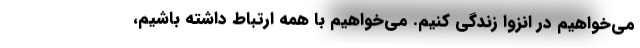
می‌خواهیم در انزوا زندگی کنیم. می‌خواهیم با همه ارتباط داشته باشیم،